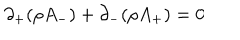
\partial _ { + } ( \rho A _ { - } ) + \partial _ { - } ( \rho A _ { + } ) = 0